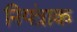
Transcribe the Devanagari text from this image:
नियंत्राक